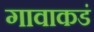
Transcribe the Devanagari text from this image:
गावाकडं